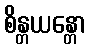
စိန္တယန္တော